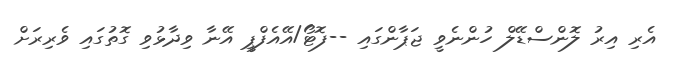
އެރި އިރު ލޮންސްޑޭލް ހުންނެވީ ޖަޕާންގައި --ފޮޓޯ/އޭއެފްޕީ އޭނާ ވިދާޅުވި ގޮތުގައި ވެރިރަށް